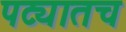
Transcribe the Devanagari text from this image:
पट्यातच